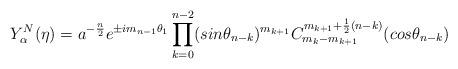
LaTeX: \begin{align*}Y_{\alpha}^N(\eta) = a^{-\frac{n}{2}}e^{\pm im_{n-1}\theta_1}\prod_{k=0}^{n-2}(sin{\theta_{n-k}})^{m_{k+1}}C_{m_k-m_{k+1}}^{m_{k+1}+\frac{1}{2}(n-k)}(cos{\theta_{n-k}})\end{align*}